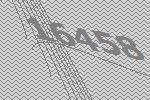
16458